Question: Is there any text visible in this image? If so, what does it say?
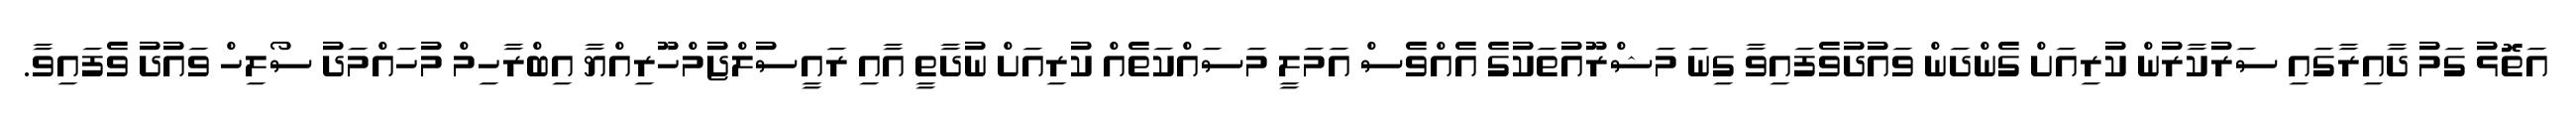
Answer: އަތޮޅު ގަމު ދާއިރާގައި ސަރުކާރުން ކުރިއަށް ގެންދަން ވައުދުވެފައިވާ ގިނަ މަޝްރޫއުތަކުގެ އެއްވެސް އަމަލީ މަސައްކަތެއް ކުރިއަށް ނުދާތީ އާއި ރައީސުލްޖުމްހޫރިއްޔާ އިބްރާހިމް މުހައްމަދު ސޯލިހް ވައުދު ވެފައިވާ.